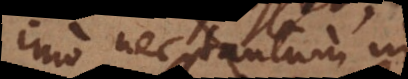
imo nec tantum in